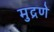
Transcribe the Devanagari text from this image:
मुद्रणे